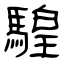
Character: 騜